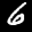
Label: 6